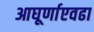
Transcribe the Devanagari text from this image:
आघूर्णाएवढा